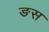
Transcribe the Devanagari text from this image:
ङस